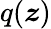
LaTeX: q(\boldsymbol{z})